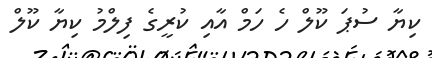
ކިޔާ ސުޕަ ކޫލް ހެ ހަމް އާއި ކުރީގެ ފިލްމު ކިޔާ ކޫލް